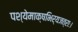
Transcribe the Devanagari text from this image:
पश्येमाक्षभिर्यजत्राः।